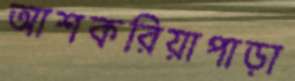
আশকরিয়াপাড়া